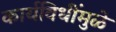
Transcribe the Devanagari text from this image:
कार्यविधींमुळे